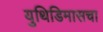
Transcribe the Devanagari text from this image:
युथिडिमासचा